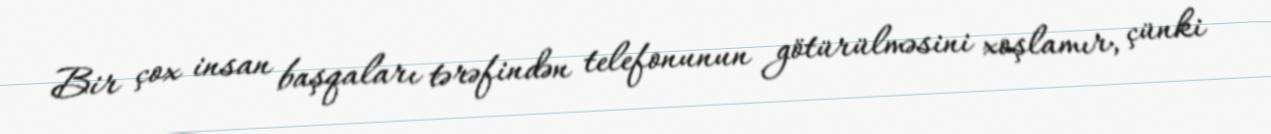
Bir çox insan başqaları tərəfindən telefonunun götürülməsini xoşlamır, çünki